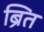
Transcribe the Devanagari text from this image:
ब्रित